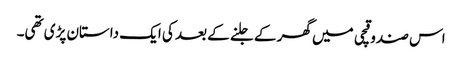
اس صندوقچی میں گھر کے جلنے کے بعد کی ایک داستان پڑی تھی۔